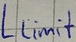
Text: Llimit